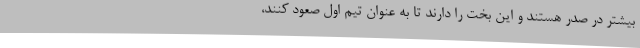
بیشتر در صدر هستند و این بخت را دارند تا به عنوان تیم اول صعود کنند،